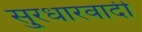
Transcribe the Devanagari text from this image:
सु्रधारवादी